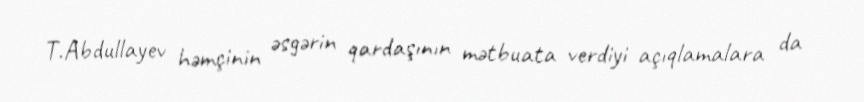
T.Abdullayev həmçinin əsgərin qardaşının mətbuata verdiyi açıqlamalara da